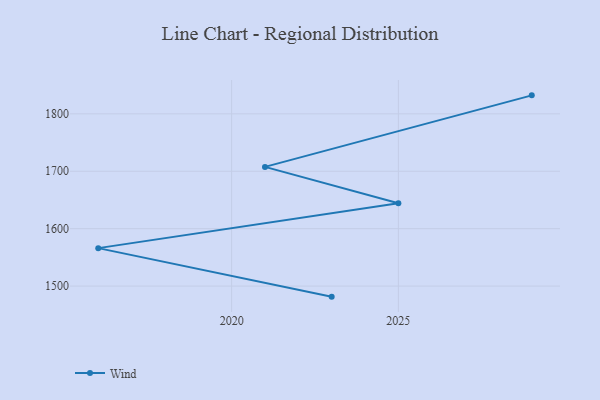
{"axis": {"x": "Year", "y": "Humidity (%)"}, "legend": ["Wind"], "data": [{"x": "2023", "y": 1481.6, "type": "Wind"}, {"x": "2016", "y": 1566.1, "type": "Wind"}, {"x": "2025", "y": 1644.3, "type": "Wind"}, {"x": "2021", "y": 1707.6, "type": "Wind"}, {"x": "2029", "y": 1832.2, "type": "Wind"}]}